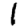
Digit: 1